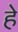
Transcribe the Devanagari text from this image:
हे